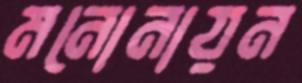
মনোনায়ন